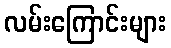
လမ်းကြောင်းများ